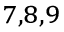
^ { 7 , 8 , 9 }